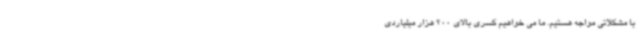
با مشکلاتی مواجه هستیم. ما می خواهیم کسری بالای 200 هزار میلیاردی